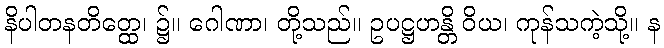
နိပါတနတိတ္ထေ၊ ၌။ ဂေါဏာ၊ တို့သည်။ ဥပဋ္ဌဟန္တိ ဝိယ၊ ကုန်သကဲ့သို့။ န